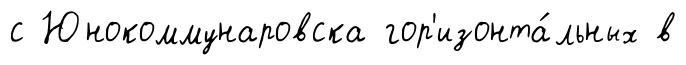
с Юнокоммунаровска гор'изонта́льных в